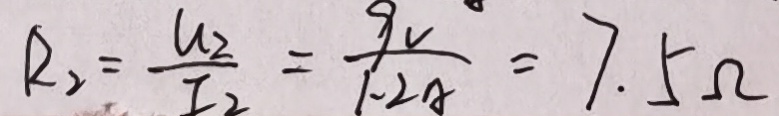
R _ { 2 } = \frac { U _ { 2 } } { I _ { 2 } } = \frac { 9 v ^ { \circ } } { 1 . 2 A } = 7 . 5 \Omega